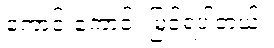
ကောင်းကောင်း မြင်ရပါတယ်။